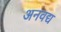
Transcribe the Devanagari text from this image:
अनवद्य